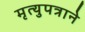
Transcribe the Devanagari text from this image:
मृत्युपत्राने